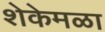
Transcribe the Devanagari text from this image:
शेकेमळा